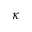
\kappa